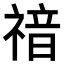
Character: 𥚱